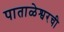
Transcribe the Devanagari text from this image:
पाताळेश्वरची